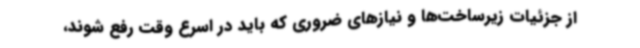
از جزئیات زیرساخت‌ها و نیازهای ضروری که باید در اسرع وقت رفع شوند،